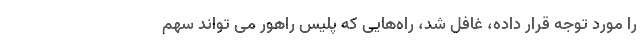
را مورد توجه قرار داده، غافل شد، راه‌هایی که پلیس راهور می تواند سهم